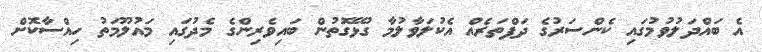
އެ ބައްދަލުވުމުގައި ކެންސަރުގެ ދަފްތަރެއް އެކުލަވާލުމާ ގުޅޭގޮތުން ބައިވެރިންގެ މެދުގައި މައުލޫމަތު ހިއްސާކޮށް